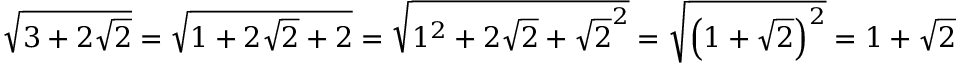
{ \sqrt { 3 + 2 { \sqrt { 2 } } } } = { \sqrt { 1 + 2 { \sqrt { 2 } } + 2 } } = { \sqrt { 1 ^ { 2 } + 2 { \sqrt { 2 } } + { \sqrt { 2 } } ^ { 2 } } } = { \sqrt { \left( 1 + { \sqrt { 2 } } \right) ^ { 2 } } } = 1 + { \sqrt { 2 } }